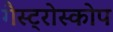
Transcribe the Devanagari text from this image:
गैस्ट्रोस्कोप